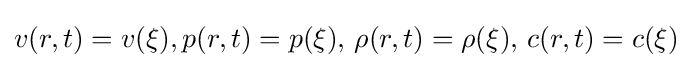
v(r,t)=v(\xi ),p(r,t)=p(\xi ),\,\rho (r,t)=\rho (\xi ),\,c(r,t)=c(\xi )